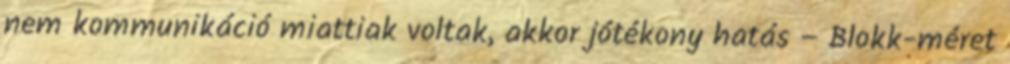
nem kommunikáció miattiak voltak, akkor jótékony hatás – Blokk-méret